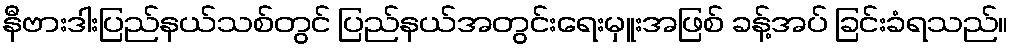
နီဗားဒါးပြည်နယ်သစ်တွင် ပြည်နယ်အတွင်းရေးမှူးအဖြစ် ခန့်အပ် ခြင်းခံရသည်။